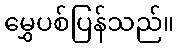
မွှေပစ်ပြန်သည်။